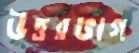
উত্তরভাগ